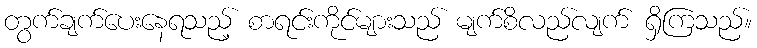
တွက်ချက်ပေးနေရသည့် စာရင်းကိုင်များသည် မျက်စိလည်လျက် ရှိကြသည်။